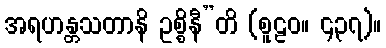
အရဟန္တသတာနိ ဥစ္စိနီ”တိ (စူဠဝ။ ၄၃၇)။